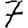
Digit: 7